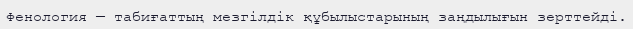
Фенология — табиғаттың мезгілдік құбылыстарының заңдылығын зерттейді.